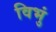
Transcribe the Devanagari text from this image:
विभुं